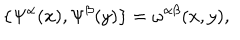
\{ \Psi ^ { \alpha } ( x ) , \Psi ^ { \beta } ( y ) \} = \omega ^ { \alpha \beta } ( x , y ) ,